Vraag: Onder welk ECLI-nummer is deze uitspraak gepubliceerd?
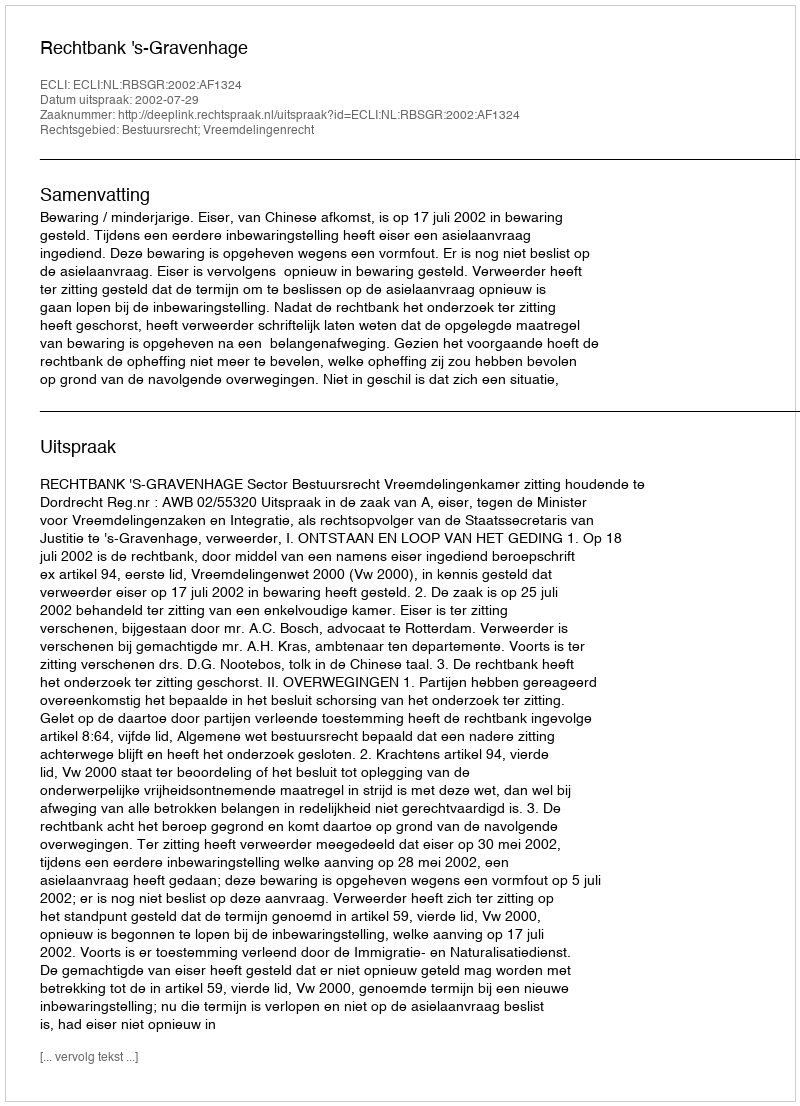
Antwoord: ECLI:NL:RBSGR:2002:AF1324